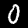
Label: 0